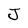
Character: J